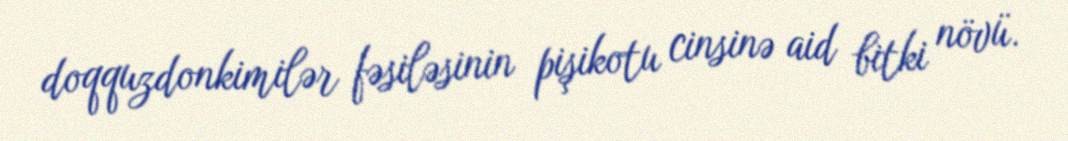
doqquzdonkimilər fəsiləsinin pişikotu cinsinə aid bitki növü.